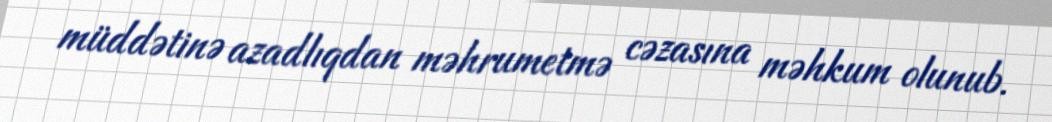
müddətinə azadlıqdan məhrumetmə cəzasına məhkum olunub.